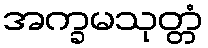
အက္ခမသုတ္တံ